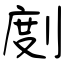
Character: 剫